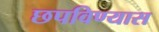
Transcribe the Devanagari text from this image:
छपविण्यास